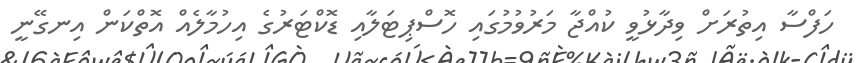
ހަފްސާ އިތުރަށް ވިދާޅުވީ ކުއްޖާ މަރުވުމުގައި ހޮސްޕިޓަލާއި ޑޮކްޓަރުގެ އިހުމާލެއް އޮތްކަން އިނގޭނީ